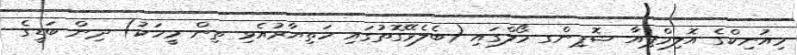
މިއުނިކްގެ އޮލިމްޕިއާ ޝޮޕިންގ މޯލްގައި (ބެލެވޭގޮތުގައި ހަތިޔާރުއެޅި ތިން މީހަކު) ދިން ބަޑީގެ